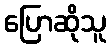
ပြောဆိုသူ